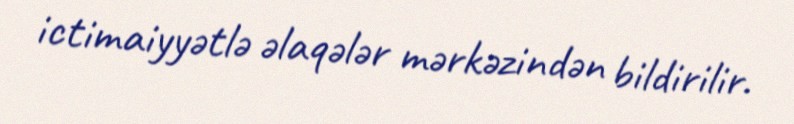
ictimaiyyətlə əlaqələr mərkəzindən bildirilir.